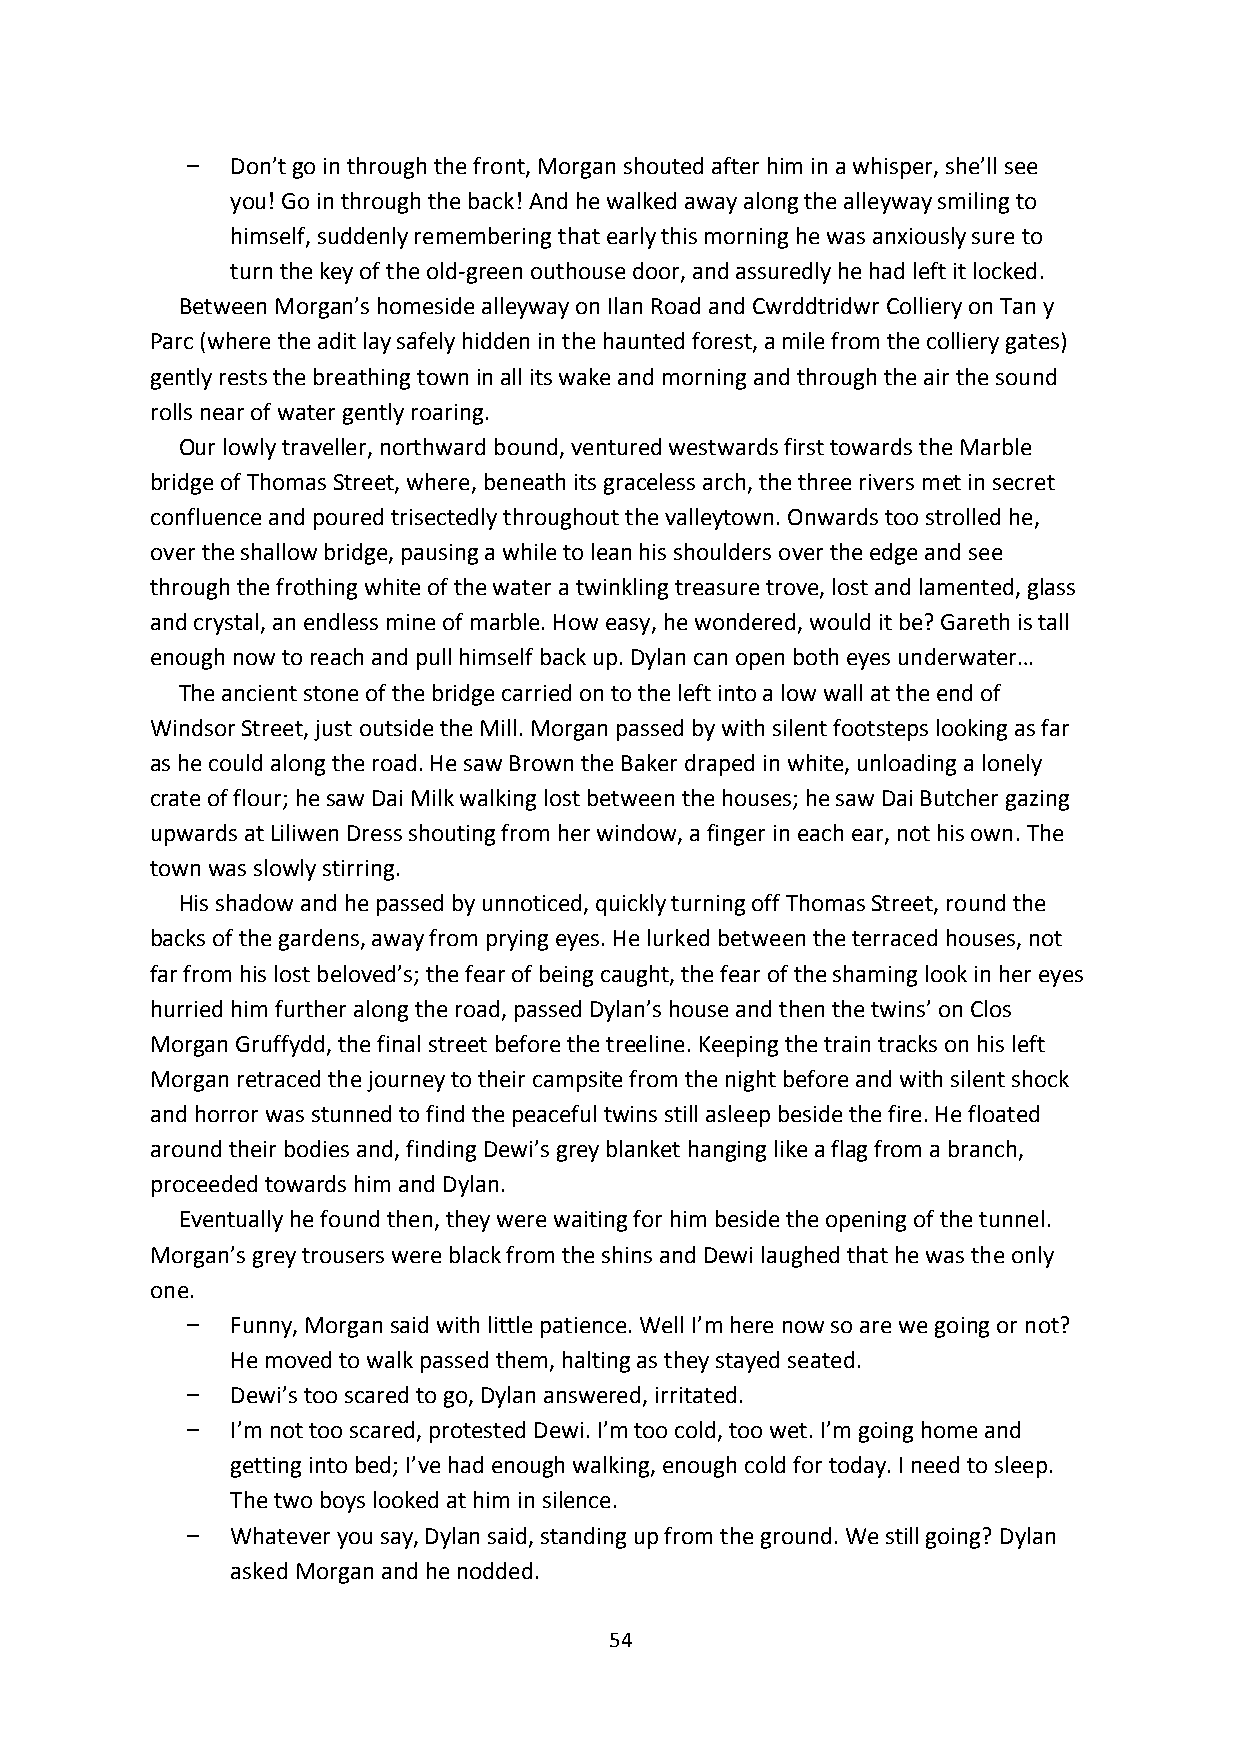
Don’t go in through the front, Morgan shouted after him in a whisper, she’ll see
 you! Go in through the back! And he walked away along the alleyway smiling to
 himself, suddenly remembering that early this morning he was anxiously sure to
 turn the key of the old-green outhouse door, and assuredly he had left it locked.
 Between Morgan’s homeside alleyway on Ilan Road and Cwrddtridwr Colliery on Tan y
 Parc (where the adit lay safely hidden in the haunted forest, a mile from the colliery gates)
 gently rests the breathing town in all its wake and morning and through the air the sound
 rolls near of water gently roaring.
 Our lowly traveller, northward bound, ventured westwards first towards the Marble
 bridge of Thomas Street, where, beneath its graceless arch, the three rivers met in secret
 confluence and poured trisectedly throughout the valleytown. Onwards too strolled he,
 over the shallow bridge, pausing a while to lean his shoulders over the edge and see
 through the frothing white of the water a twinkling treasure trove, lost and lamented, glass
 and crystal, an endless mine of marble. How easy, he wondered, would it be? Gareth is tall
 enough now to reach and pull himself back up. Dylan can open both eyes underwater…
 The ancient stone of the bridge carried on to the left into a low wall at the end of
 Windsor Street, just outside the Mill. Morgan passed by with silent footsteps looking as far
 as he could along the road. He saw Brown the Baker draped in white, unloading a lonely
 crate of flour; he saw Dai Milk walking lost between the houses; he saw Dai Butcher gazing
 upwards at Liliwen Dress shouting from her window, a finger in each ear, not his own. The
 town was slowly stirring.
 His shadow and he passed by unnoticed, quickly turning off Thomas Street, round the
 backs of the gardens, away from prying eyes. He lurked between the terraced houses, not
 far from his lost beloved’s; the fear of being caught, the fear of the shaming look in her eyes
 hurried him further along the road, passed Dylan’s house and then the twins’ on Clos
 Morgan Gruffydd, the final street before the treeline. Keeping the train tracks on his left
 Morgan retraced the journey to their campsite from the night before and with silent shock
 and horror was stunned to find the peaceful twins still asleep beside the fire. He floated
 around their bodies and, finding Dewi’s grey blanket hanging like a flag from a branch,
 proceeded towards him and Dylan.
 Eventually he found then, they were waiting for him beside the opening of the tunnel.
 Morgan’s grey trousers were black from the shins and Dewi laughed that he was the only
 one.
 Funny, Morgan said with little patience. Well I’m here now so are we going or not?
 He moved to walk passed them, halting as they stayed seated.
 Dewi’s too scared to go, Dylan answered, irritated.
 I’m not too scared, protested Dewi. I’m too cold, too wet. I’m going home and
 getting into bed; I’ve had enough walking, enough cold for today. I need to sleep.
 The two boys looked at him in silence.
 Whatever you say, Dylan said, standing up from the ground. We still going? Dylan
 asked Morgan and he nodded.
 54